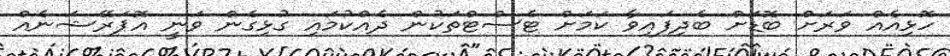
ހޮޅިއެއް ވަރަށް ބޮޑަށް ބެދިފައިވާ ކަމަށް ޓެސްޓްތަކުން ދެއްކުމައި ގުޅިގެން ވަނީ އޮޕަރޭޝަނެއް